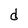
Character: d